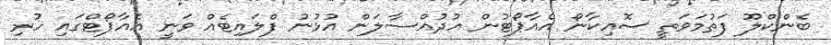
ބެންކްލޫ ފަތުމަވަތީ ސޮއިކާނޯ އެއާޕޯޓުން އުދުއްސާލަން އުޅުނު ފްލައިޓެއް ވަނީ އެއާޕޯޓްގައި ހުރި